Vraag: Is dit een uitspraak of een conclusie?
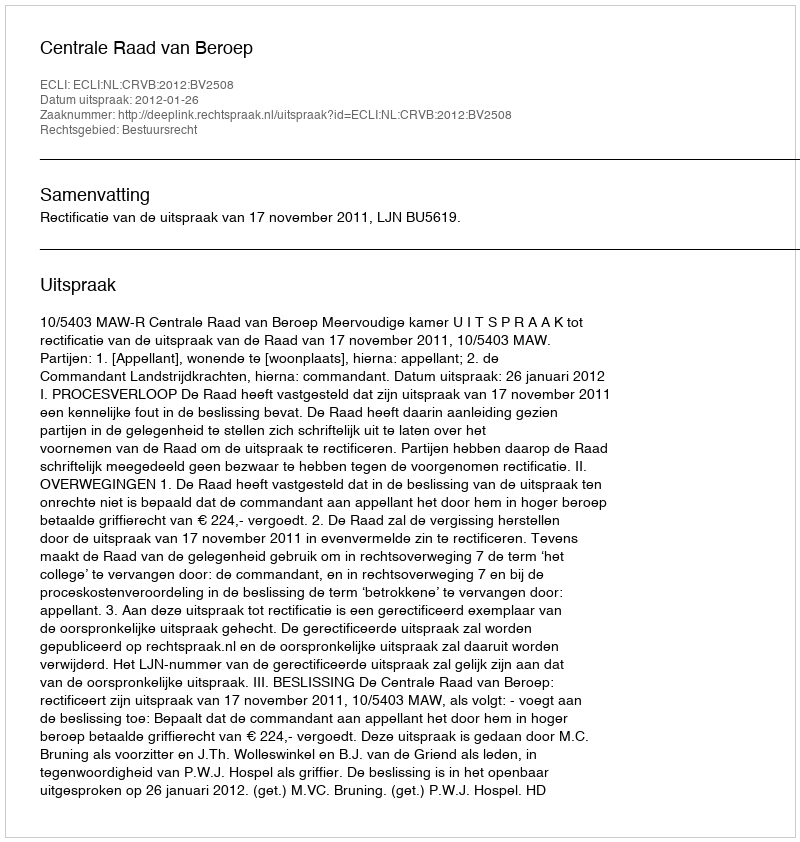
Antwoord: Uitspraak